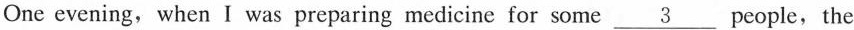
One evening, when I was preparing medicine for some \underline{3} people,the